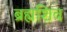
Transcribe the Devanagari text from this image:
ब्रह्मशिव